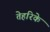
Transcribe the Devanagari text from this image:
तेहरिके